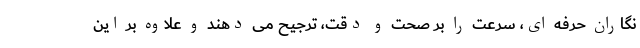
نگاران حرفه ای، سرعت را بر صحت و دقت، ترجیح می دهند و علاوه بر این